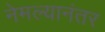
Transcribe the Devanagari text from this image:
नेमल्यानंतर